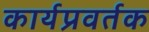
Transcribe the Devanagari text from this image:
कार्यप्रवर्तक